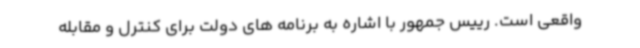
واقعی است. رییس جمهور با اشاره به برنامه های دولت برای کنترل و مقابله